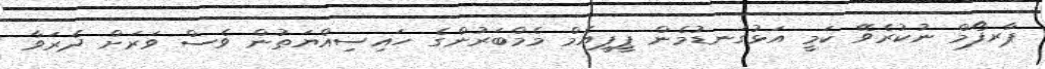
ޕާރފޯމް ނުކުރެވޭ ކަމީ އަޅުގަނޑުމެން ޕީޕީއެމް މެމްބަރުންގެ ހައިސިއްޔަތުން ވެސް ވަރަށް ދެރަވާ